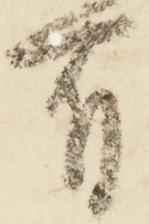
有